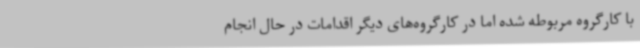
با کارگروه مربوطه شده اما در کارگروه‌های دیگر اقدامات در حال انجام